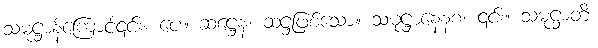
သမုဋ္ဌာန်ကြောင့်၎င်း။ ပေ။ ဆဋ္ဌေန၊ ဆဋ္ဌဖြစ်သော။ သမုဋ္ဌာနေနစ၊ ၎င်း။ သမုဋ္ဌာတိ၊